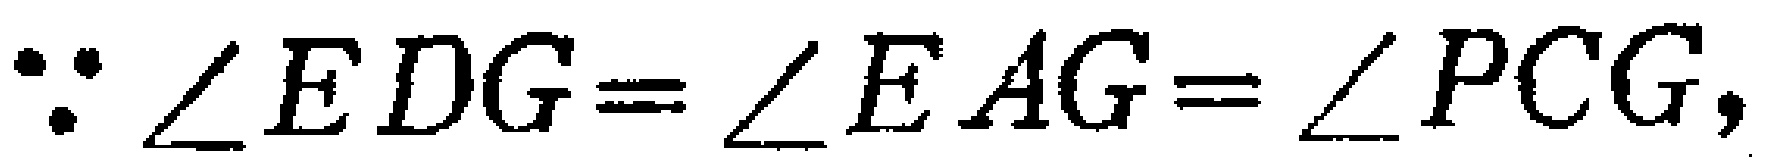
$\because \angle EDG=\angle EAG=\angle PCG,$